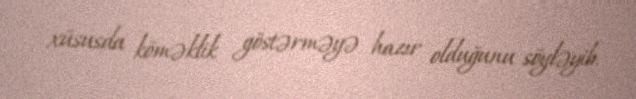
xüsusda köməklik göstərməyə hazır olduğunu söyləyib.